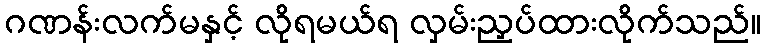
ဂဏန်းလက်မနှင့် လိုရမယ်ရ လှမ်းညှပ်ထားလိုက်သည်။